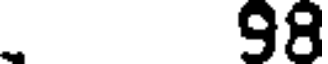
98